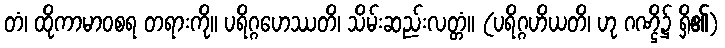
တံ၊ ထိုကာမာဝစရ တရားကို။ ပရိဂ္ဂဟေဿတိ၊ သိမ်းဆည်းလတ္တံ။ (ပရိဂ္ဂဟိယတိ၊ ဟု ဂဏ္ဌိ၌ ရှိ၏)